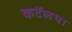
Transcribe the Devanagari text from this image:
कटॅलपा